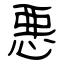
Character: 悪